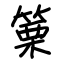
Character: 篥